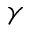
\gamma